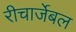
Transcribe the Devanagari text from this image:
रीचार्जेबल